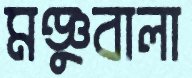
মঞ্জুবালা